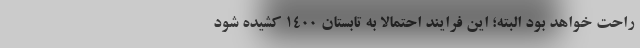
راحت‌ خواهد بود البته؛ این فرایند احتمالا به تابستان ۱۴۰۰ کشیده شود